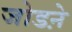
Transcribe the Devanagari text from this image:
जोडऩे